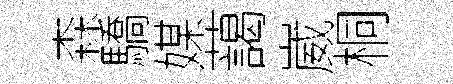
森驕媒藹崴桐